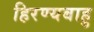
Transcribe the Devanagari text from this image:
हिरण्यबाहु